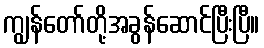
ကျွန်တော်တို့အခွန်ဆောင်ပြီးပြီ။